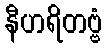
နီဟရိတဗ္ဗံ